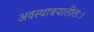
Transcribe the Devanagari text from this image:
अवस्थात्रयातीतः।